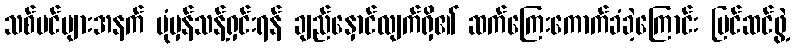
သစ်ပင်များအနက် ပုံမှန်သန့်ရှင်းရန် ချည်နှောင်လျက်ရှိ၏ ဆက်ကြေးကောက်ခံခဲ့ကြောင်း ပြင်ဆင်ဖွဲ့